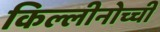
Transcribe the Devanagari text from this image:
किल्लीनोच्ची